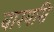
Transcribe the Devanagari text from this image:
वारयसि